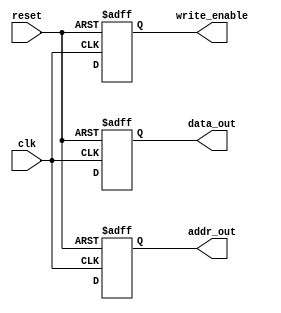
module timing_control_and_sync
(
  // Inputs
  input wire clk,
  input wire reset,
  
  // Outputs
  output reg [7:0] data_out,
  output reg [1:0] addr_out,
  output reg write_enable
);

  // Declare internal signals and registers
  reg [7:0] data_in;
  reg [1:0] addr_in;
  reg read_enable;
  
  // Clock generator module
  // Insert clock generator Verilog code here
  
  // FIFO buffer module
  // Insert FIFO buffer Verilog code here
  
  // Synchronization logic module
  // Insert synchronization logic Verilog code here
  
  // Data transfer control logic
  always @(posedge clk or posedge reset) begin
    if (reset) begin
      data_out <= 8'h00;
      addr_out <= 2'b00;
      write_enable <= 1'b0;
    end else begin
      data_out <= data_in;
      addr_out <= addr_in;
      write_enable <= read_enable;
    end
  end

endmodule